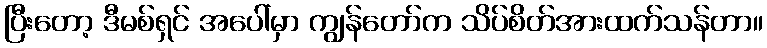
ပြီးတော့ ဒီမစ်ရှင် အပေါ်မှာ ကျွန်တော်က သိပ်စိတ်အားထက်သန်တာ။